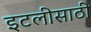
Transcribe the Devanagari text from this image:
इटलीसाठी